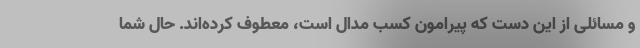
و مسائلی از این دست که پیرامون کسب مدال است، معطوف کرده‌اند. حال شما